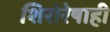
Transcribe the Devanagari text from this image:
शिरोरेषाही